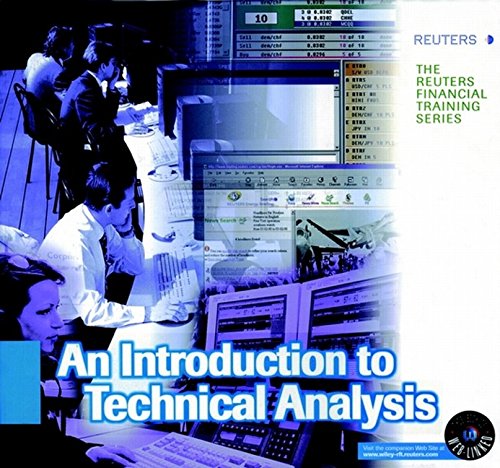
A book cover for Introduction to Technical Analysis (Reuters Financial Training); London, UK Reuters Limited; Business & Money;